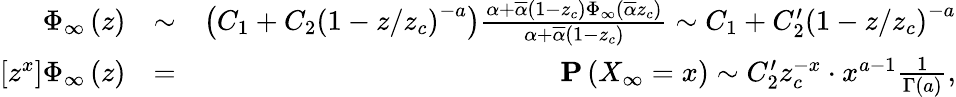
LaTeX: \begin{array}{rlr}{\Phi_{\infty}\left(z\right)}&{\sim}&{\left(C_{1}+C_{2}\left(1-z/z_{c}\right)^{-a}\right)\frac{\alpha+\overline{{\alpha}}\left(1-z_{c}\right)\Phi_{\infty}\left(\overline{{\alpha}}z_{c}\right)}{\alpha+\overline{{\alpha}}\left(1-z_{c}\right)}\sim C_{1}+C_{2}^{\prime}\left(1-z/z_{c}\right)^{-a}}\\ {\left[z^{x}\right]\Phi_{\infty}\left(z\right)}&{=}&{{\mathbf P}\left(X_{\infty}=x\right)\sim C_{2}^{\prime}z_{c}^{-x}\cdot x^{a-1}\frac{1}{\Gamma\left(a\right)}\mathrm{,}}\end{array}